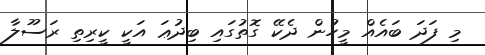
މި ފަދަ ބައެއް މީހުން ދެކޭ ގޮތުގައި ބިދުޢަ އަކީ ކީރިތި ރަސޫލާ